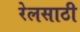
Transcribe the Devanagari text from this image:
रेलसाठी